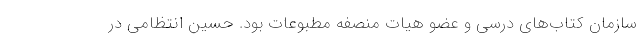
سازمان کتاب‌های درسی و عضو هیات منصفه مطبوعات بود. حسین انتظامی در